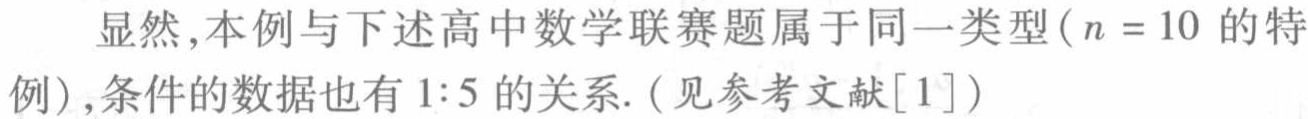
显然，本例与下述高中数学联赛题属于同一类型（\(n = 10\) 的特例），条件的数据也有 \(1:5\) 的关系.（见参考文献\([1]\)）